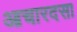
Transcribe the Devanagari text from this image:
आचारदसा